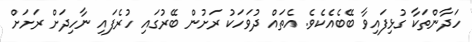
ހަދާންތަކާ ގުޅިފައިވާ ބޭބެއެކެވެ. އެތައް ދުވަހަކު ރަށުން ބޭރުގައި ހުރެފައި ނާހިދަށް ރަށަށް